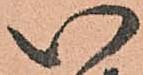
い